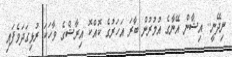
ނިދޭނީ.. އިޝާން އޭނާގެ އުމުރުން ބާރަ އަހަރުގެ ކޮއްކޮ އިރާޝްގެ ވާހަކަ ރުޅިގަދަވެފައި